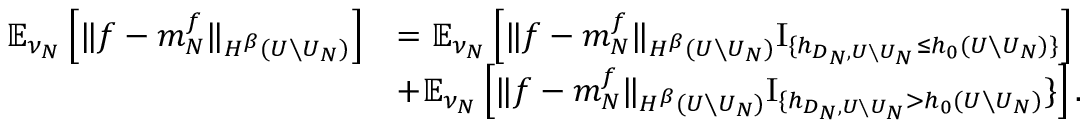
\begin{array} { r l } { \mathbb { E } _ { \nu _ { N } } \left[ \| f - m _ { N } ^ { f } \| _ { H ^ { \beta } ( U \setminus U _ { N } ) } \right] } & { = \mathbb { E } _ { \nu _ { N } } \left[ \| f - m _ { N } ^ { f } \| _ { H ^ { \beta } ( U \setminus U _ { N } ) } \mathrm { I } _ { \{ h _ { D _ { N } , U \setminus U _ { N } } \leq h _ { 0 } ( U \setminus U _ { N } ) \} } \right] } \\ & { + \mathbb { E } _ { \nu _ { N } } \left[ \| f - m _ { N } ^ { f } \| _ { H ^ { \beta } ( U \setminus U _ { N } ) } \mathrm { I } _ { \{ h _ { D _ { N } , U \setminus U _ { N } } > h _ { 0 } ( U \setminus U _ { N } ) } \} \right] . } \end{array}